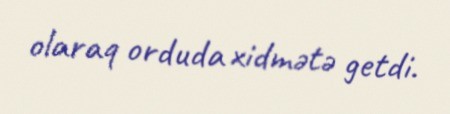
olaraq orduda xidmətə getdi.